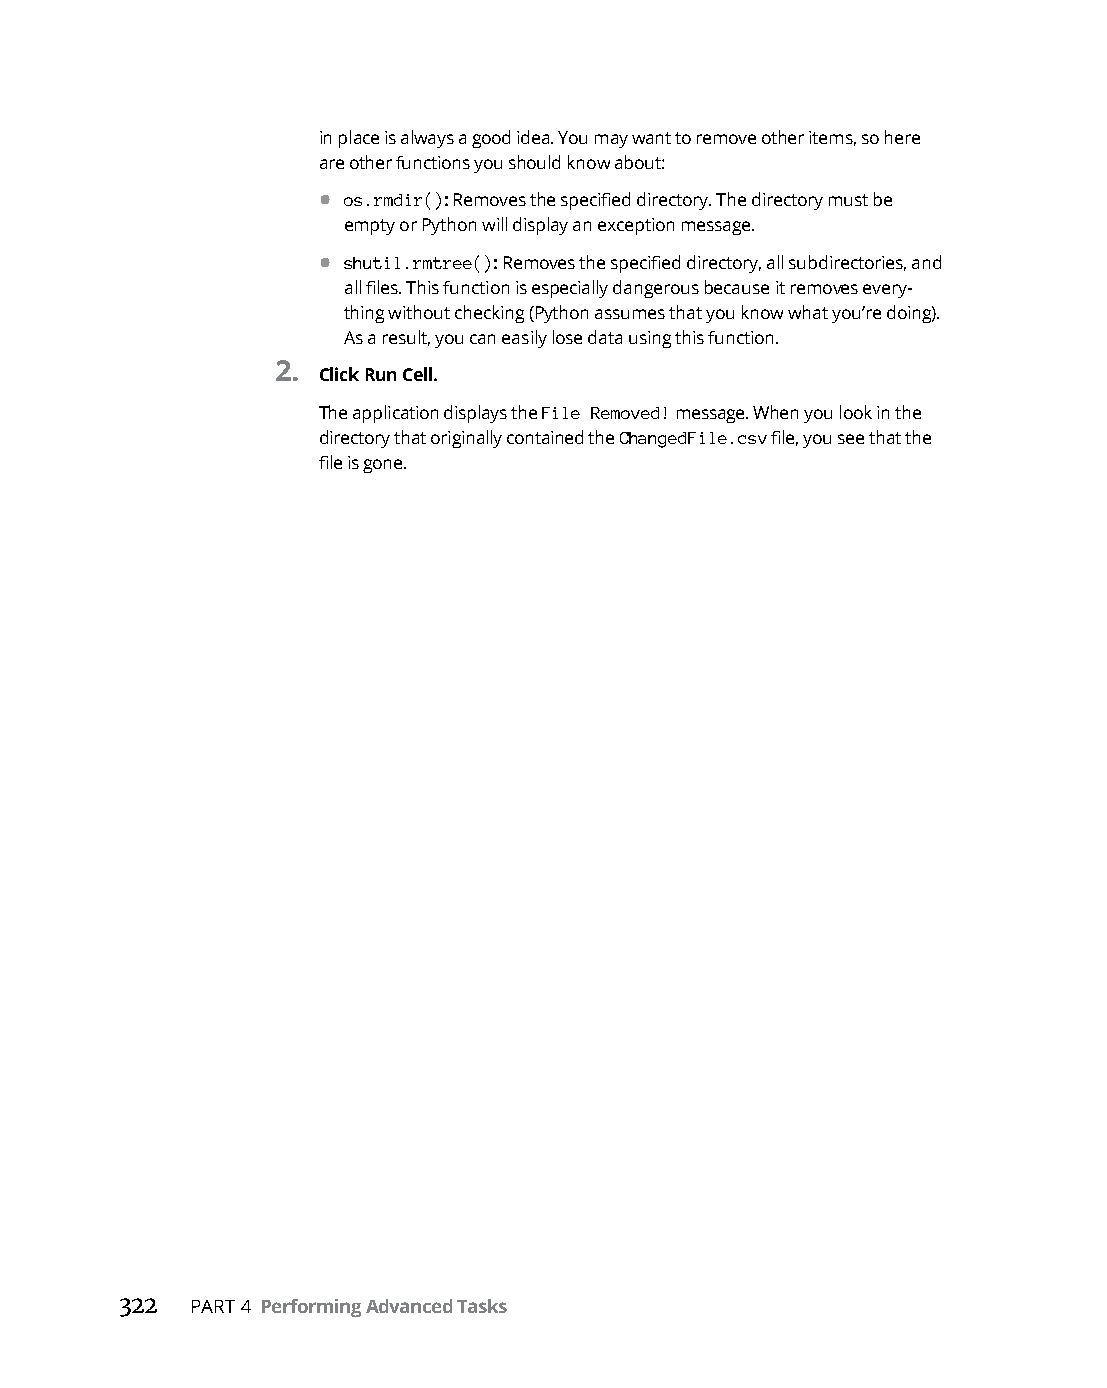
in place is always a good idea. You may want to remove other items, so here
 are other functions you should know about:
 • os.rmdir(): Removes the specified directory. The directory must be
 empty or Python will display an exception message.
 • shutil.rmtree(): Removes the specified directory, all subdirectories, and
 all files. This function is especially dangerous because it removes every-
 thing without checking (Python assumes that you know what you’re doing).
 As a result, you can easily lose data using this function.
 2.
 Click Run Cell.
 The application displays the File Removed! message. When you look in the
 directory that originally contained the ChangedFile.csv file, you see that the
 file is gone.
 322  PART 4 Performing Advanced Tasks